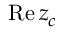
\operatorname { R e } z _ { c }